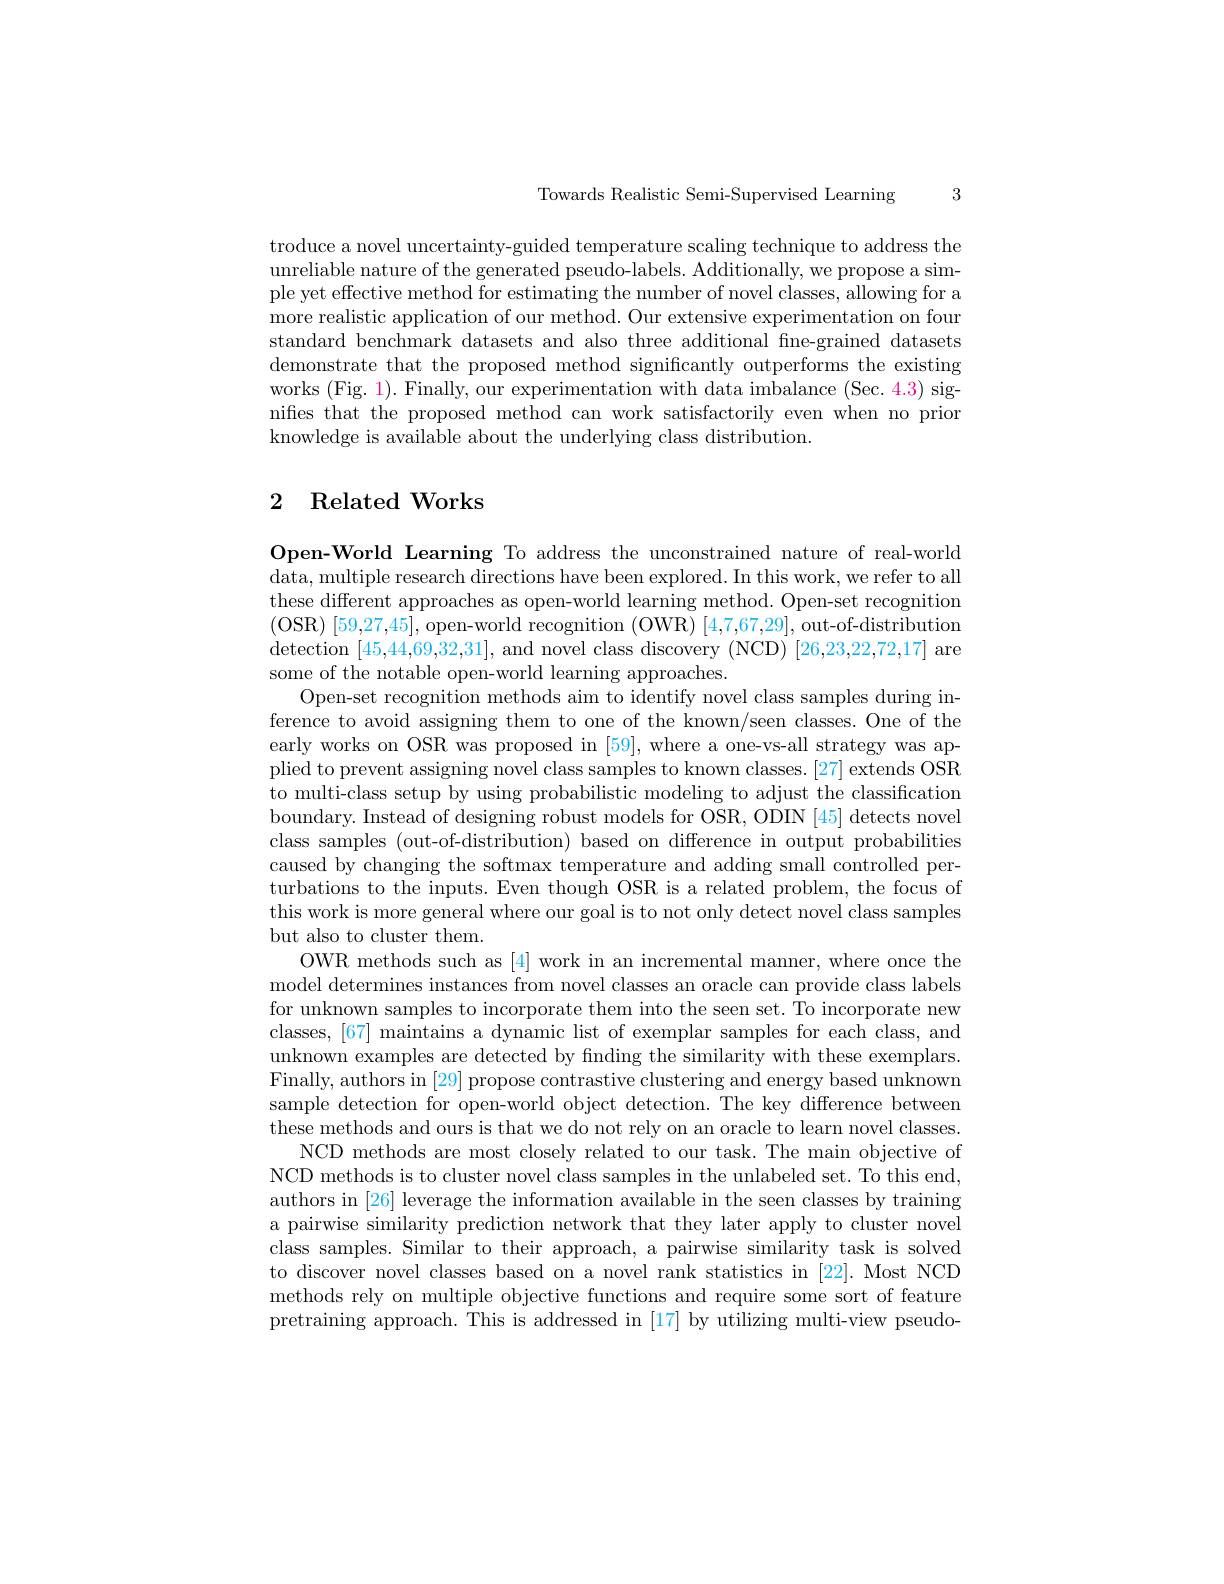
Towards Realistic Semi-Supervised Learning 3

troduce a novel uncertainty-guided temperature scaling technique to address the unreliable nature of the generated pseudo-labels. Additionally, we propose a simple yet effective method for estimating the number of novel classes, allowing for a more realistic application of our method. Our extensive experimentation on four standard benchmark datasets and also three additional fne-grained datasets demonstrate that the proposed method significantly outperforms the existing works (Fig. 1). Finally, our experimentation with data imbalance (Sec. 4.3) signifes that the proposed method can work satisfactorily even when no prior knowledge is available about the underlying class distribution.

## 2 Related Works

Open-World Learning To address the unconstrained nature of real-world data, multiple research directions have been explored. In this work, we refer to all these different approaches as open-world learning method. Open-set recognition (OSR) [59,27,45], open-world recognition (OWR) [4,7,67,29], out-of-distribution detection [45,44,69,32,31], and novel class discovery (NCD) [26,23,22,72,17] are some of the notable open-world learning approaches
Open-set recognition methods aim to identify novel class samples during inference to avoid assigning them to one of the known/seen classes. One of the early works on OSR was proposed in [59], where a one-vs-all strategy was applied to prevent assigning novel class samples to known classes.[27] extends OSR to multi-class setup by using probabilistic modeling to adjust the classification boundary. Instead of designing robust models for OSR, ODIN [45] detects novel class samples (out-of-distribution) based on difference in output probabilities caused by changing the softmax temperature and adding small controlled perturbations to the inputs. Even though OSR is a related problem, the focus of this work is more general where our goal is to not only detect novel class samples but also to cluster them.
OWR methods such as [4] work in an incremental manner, where once the model determines instances from novel classes an oracle can provide class labels for unknown samples to incorporate them into the seen set. To incorporate new classes, [67] maintains a dynamic list of exemplar samples for each class, and unknown examples are detected by finding the similarity with these exemplars. Finally, authors in [29] propose contrastive clustering and energy based unknown sample detection for open-world object detection. The key difference between these methods and ours is that we do not rely on an oracle to learn novel classes.
NCD methods are most closely related to our task. The main objective of NCD methods is to cluster novel class samples in the unlabeled set. To this end, authors in [26] leverage the information available in the seen classes by training a pairwise similarity prediction network that they later apply to cluster novel class samples. Similar to their approach, a pairwise similarity task is solved to discover novel classes based on a novel rank statistics in [22]. Most NCD methods rely on multiple objective functions and require some sort of feature pretraining approach. This is addressed in [17] by utilizing multi-view pseudo-